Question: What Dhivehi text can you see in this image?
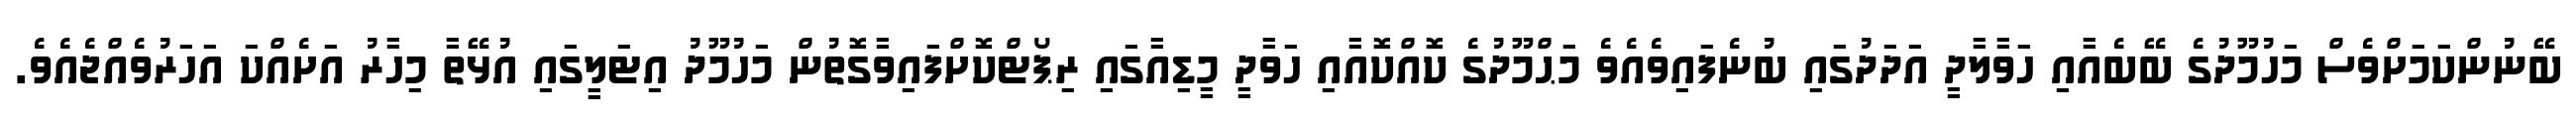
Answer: ބޭނުންކަމަށްވެސް މަހުމޫދުގެ ބޭބެއާއި ހަވާލާދީ އަދަދުގައި ބުނެފައިވެއެވެ މަޙްމޫދުގެ ކޮއްކޮއާއި ހަވާދީ މީޑިއާގައި ރިޕޯޓްކޮށްފައިވާގޮތުން މަހުމޫދު އިޓަލީގައި އުޅޭތާ މިހާރު އަށެއްކަ އަހަރުވެއްޖެއެވެ.